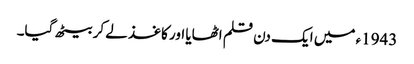
1943ء میں ایک دن قلم اٹھایا اور کاغذ لے کر بیٹھ گیا۔